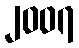
၂၀၀၇